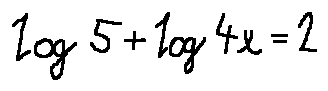
\log 5 + \log 4 x = 2